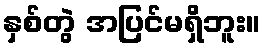
နှစ်တွဲ အပြင်မရှိဘူး။